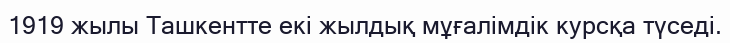
1919 жылы Ташкентте екі жылдық мұғалімдік курсқа түседі.